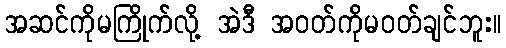
အဆင်ကိုမကြိုက်လို့ အဲဒီ အဝတ်ကိုမဝတ်ချင်ဘူး။